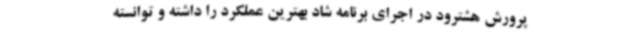
پرورش هشترود در اجرای برنامه شاد بهترین عملکرد را داشته و توانسته